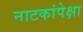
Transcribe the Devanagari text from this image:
नाटकांपेक्षा